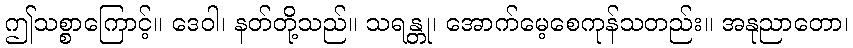
ဤသစ္စာကြောင့်။ ဒေဝါ၊ နတ်တို့သည်။ သရန္တု၊ အောက်မေ့စေကုန်သတည်း။ အနုညာတော၊